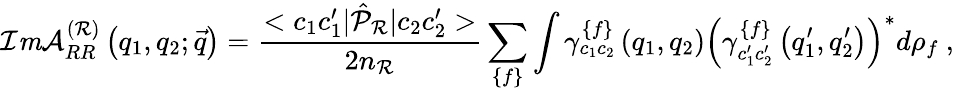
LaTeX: {\cal I}{\mathit m}{\cal A}_{RR}^{\left({\cal R}\right)}\left(q_{1},q_{2};\vec{q}\right)=\frac{<c_{1}c_{1}^{\prime}|\hat{\cal{P}}_{\cal R}|c_{2}c_{2}^{\prime}>}{2n_{{\cal R}}}\sum_{\left\{ f\right\} }\int\gamma_{c_{1}c_{2}}^{\left\{ f\right\} }\left(q_{1},q_{2}\right)\left(\gamma_{c_{1}^{\prime}c_{2}^{\prime}}^{\left\{ f\right\} }\left(q_{1}^{\prime},q_{2}^{\prime}\right)\right)^{\ast}d\rho_{f}\mathrm{\ ,}